Report of the King Institute of Preventive Medicine, Guindy
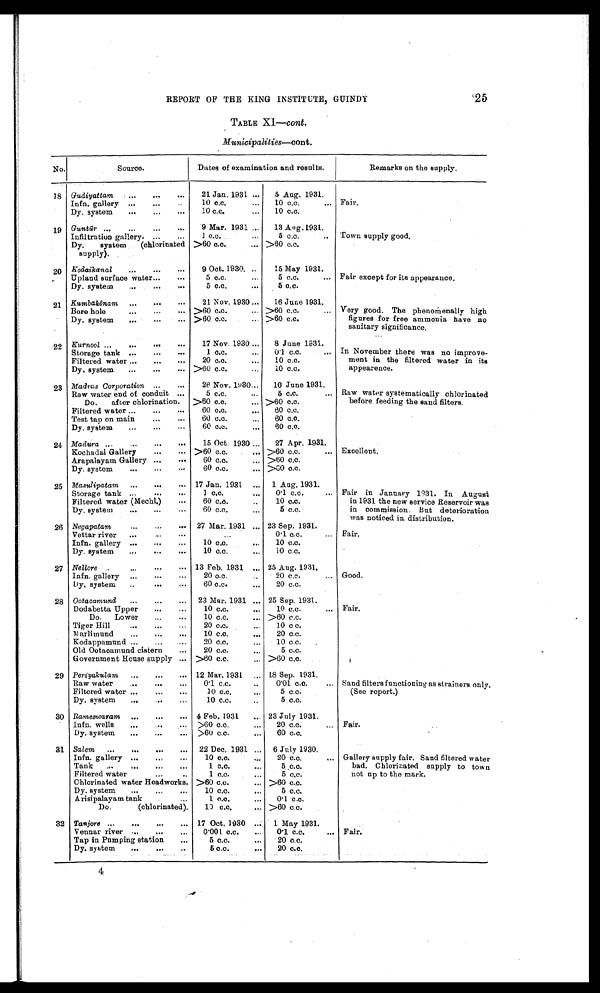
REPORT OF THE KING INSTITUTE, GUINDY
25
TABLE XI-cont.
Municipalities-cont.
No.
Source.
Remarks on the supply.
Gudiyattam
21 Jan. 1931
5 Aug. 1931.
Infn. gallery
10 c.c.
10 c.c.
Dy. system
10 c.c.
10 c.c.
Guntūr
9 Mar. 1931
13 Aug.1931
Infiltration gallery.
1 c.c.
5 c . c .
Kodaikanal
9 Oct. 1930
15 May 1931.
Upland surface water
5 c.c.
5 c.c.
Dy. system
5 c.c.
5 c.c.
K u m b a k ō n a m
21 Nov. 1930
16 June 1931.
Bore hole
> 60 c.c.
> 60 c.c.
Dy. system
> 60 c.c.
> 60 c.c.
Kurnool
17 Nov. 1930
8 June 1931.
Storage tank
1 c.c.
0·1 c.c.
Filtered water
20 c.c.
10 c.c.
Dy. system
> 60 c.c.
10 c.c.
Madras Corporation
26 Nov. 1930
10 June 1931.
Raw water end of conduit
5 c.c.
5 c.c.
Do. after chlorination.
> 60 c.c.
> 60 c.c.
Filtered water
60 c.c.
60 c.c.
Test tap on main
60 c.c.
60 c.c.
Dy. system
60 c.c.
60 c.c.
Madura
15 Oct. 1930
27 Apr. 1931.
Kochadai Gallery
> 60 c.c.
> 60 c.c.
Arapalayam Gallery
60 c.c.
> 60 c.c.
Dy. system
60 c.c.
>60 c.c.
Masulipatam
17 Jan. 1931
1 Aug. 1931
Storage tank
1 c.c.
0·1c.c.
Filtered water (Mechl.)
60 c.c.
10 c.c.
Negapatam
27 Mar. 1931
23 Sep. 1931
Vettar river
0·1 c.c.
Infn. gallery
10 c.c.
10 c.c.
Dy. system
10 c.c.
10 c.c.
Nellore
13 Feb. 1931
25 Aug. 1931
Infn. gallery
20 c.c.
20 c.c.
Dy. system
60 c.c.
20 c.c.
Ootacamund
23 Mar. 1931
25 Sep. 1931
Dodabetta Upper
10 c.c.
10c.c.
Do. Lower
10 c.c.
> 60 c.c.
Tiger Hill
20 c.c.
10 c c.
Marlimund
10 c.c.
20 c.c.
Kodappamund
20 c.c.
10 c.c.
Old Ootacamund cistern
20 c.c.
5 c.c.
Government House supply
> 60 c.c.
> 60 c.c.
Periyakulam 12 Mar. 1931
18 Sep. 1931:
Raw water
0·1 c.c.
0·01 c.c.
Filtered water
10 c.c.
5 c.c.
Dy. system
10 c.c.
5 c.c.
Rameswaram
4 Feb. 1931
23 July 1931
Infn. wells
> 60 c.c.
20 c.c.
Dy. system
> 60 c.c.
60 c.c.
Salem
22 Dec. 1931
6 July 1930
Infn. gallery
10 c.c.
20 c.c.
Tank
1 c.c.
5 c.c .
Filtered water
1 c.c.
5 c.c.
Chlorinated water Headworks. > 60 c.c.
> 60 c.c.
Dy. system
10 c.c.
5 c.c.
Arisipalayam tank
1 c.c.
0·1 c.c.
Do (chlorinated)
10 c.c.
> 60 c.c.
Tanjore
17 Oct. 1930
1 May 1931
Vennar river
0·001 c.c.
0·1 c.c.
Tap in Pumping station
5 c.c.
20 c.c.
Dy. system
4
5 c.c.
20 c.c.